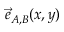
\vec { e } _ { A , B } ( x , y )